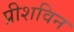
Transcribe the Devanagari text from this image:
प्रीशविन